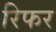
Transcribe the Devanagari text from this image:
रिफर